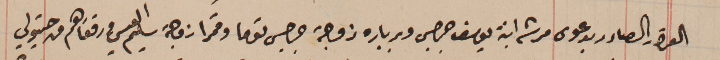
القرار الصادر بدعوى مرتى ابنة يوسف جرجس وبرباره زوجة جرجس توما وقمرا زوجة سليم العيسى ورفقاهم من حيتولي